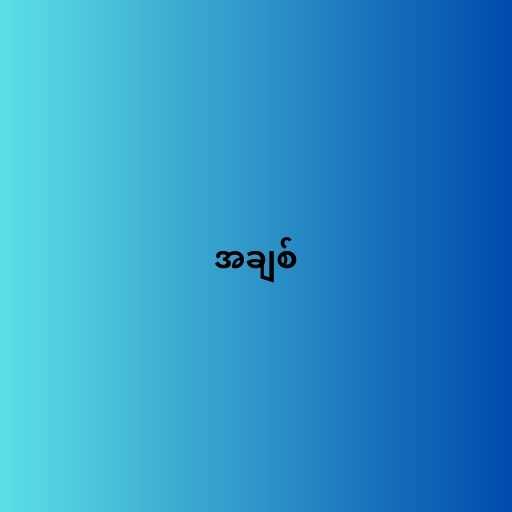
အချစ်